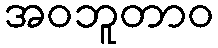
အဝဘူတာဝ